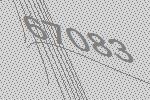
67083